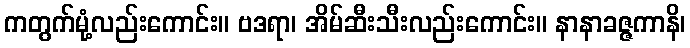
ကတွက်မုံ့လည်းကောင်း။ ဗဒရာ၊ အိမ်ဆီးသီးလည်းကောင်း။ နာနာခဇ္ဇကာနိ၊